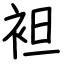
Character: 袒